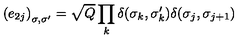
\left( e _ { 2 j } \right) _ { \sigma , \sigma ^ { \prime } } = \sqrt { Q } \prod _ { k } \delta ( \sigma _ { k } , \sigma _ { k } ^ { \prime } ) { } \delta ( \sigma _ { j } , \sigma _ { j + 1 } )